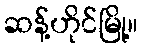
ဆန့်ဟိုင်မြို့။